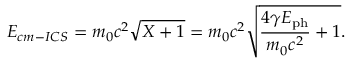
E _ { c m - I C S } = m _ { 0 } c ^ { 2 } \sqrt { X + 1 } = m _ { 0 } c ^ { 2 } \sqrt { \frac { 4 \gamma E _ { \mathrm { p h } } } { m _ { 0 } c ^ { 2 } } + 1 } .